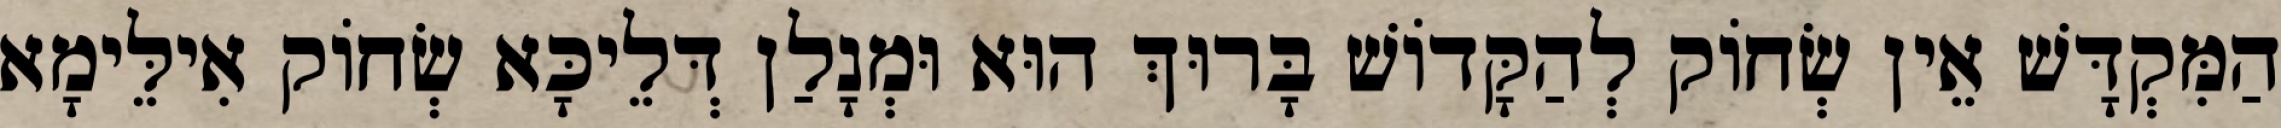
הַמִּקְדָּשׁ אֵין שְׂחוֹק לְהַקָּדוֹשׁ בָּרוּךְ הוּא וּמְנָלַן דְּלֵיכָּא שְׂחוֹק אִילֵּימָא